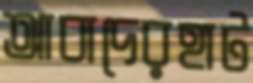
আবাদেরহাট